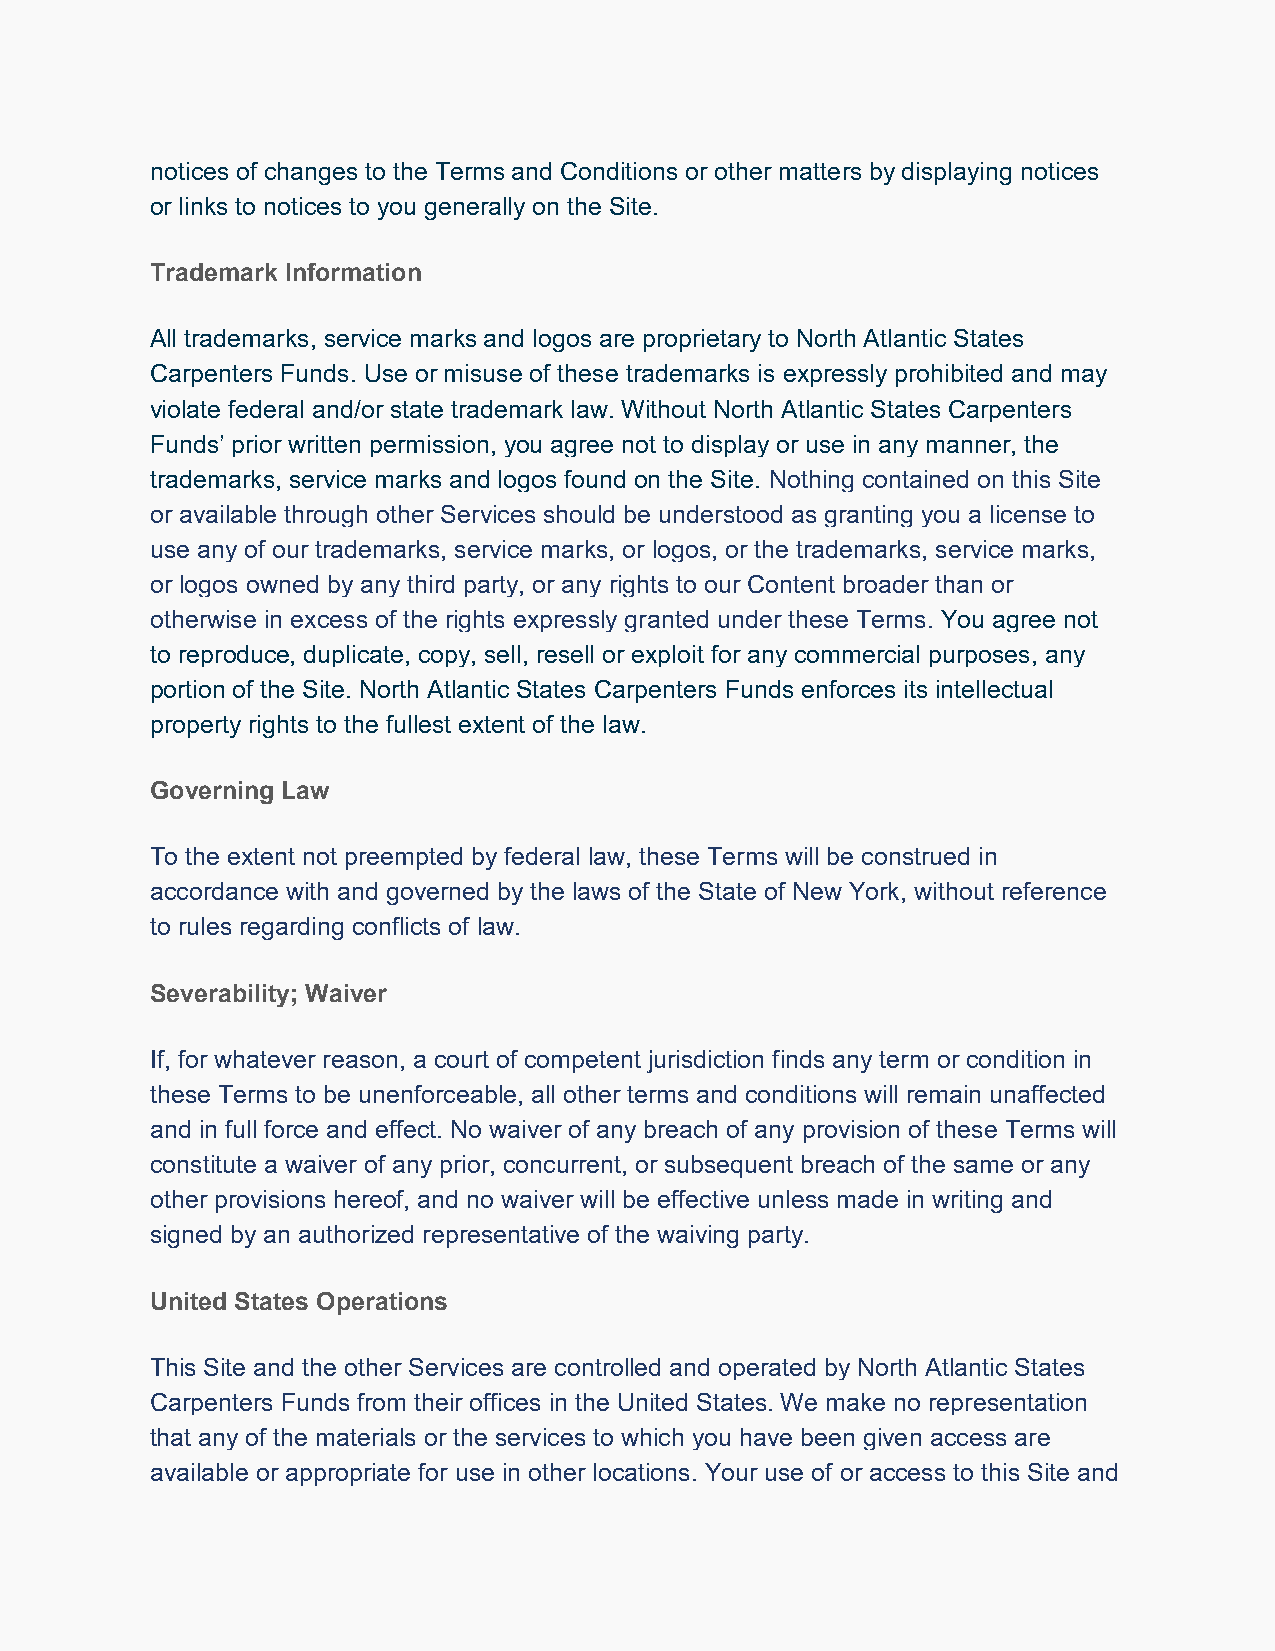
notices of changes to the Terms and Conditions or other matters by displaying notices
 or links to notices to you generally on the Site.
 Trademark Information
 All trademarks, service marks and logos are proprietary to North Atlantic States
 Carpenters Funds. Use or misuse of these trademarks is expressly prohibited and may
 violate federal and/or state trademark law. Without North Atlantic States Carpenters
 Funds’ prior written permission, you agree not to display or use in any manner, the
 trademarks, service marks and logos found on the Site. Nothing contained on this Site
 or available through other Services should be understood as granting you a license to
 use any of our trademarks, service marks, or logos, or the trademarks, service marks,
 or logos owned by any third party, or any rights to our Content broader than or
 otherwise in excess of the rights expressly granted under these Terms. You agree not
 to reproduce, duplicate, copy, sell, resell or exploit for any commercial purposes, any
 portion of the Site. North Atlantic States Carpenters Funds enforces its intellectual
 property rights to the fullest extent of the law.
 Governing Law
 To the extent not preempted by federal law, these Terms will be construed in
 accordance with and governed by the laws of the State of New York, without reference
 to rules regarding conflicts of law.
 Severability; Waiver
 If, for whatever reason, a court of competent jurisdiction finds any term or condition in
 these Terms to be unenforceable, all other terms and conditions will remain unaffected
 and in full force and effect. No waiver of any breach of any provision of these Terms will
 constitute a waiver of any prior, concurrent, or subsequent breach of the same or any
 other provisions hereof, and no waiver will be effective unless made in writing and
 signed by an authorized representative of the waiving party.
 United States Operations
 This Site and the other Services are controlled and operated by North Atlantic States
 Carpenters Funds from their offices in the United States. We make no representation
 that any of the materials or the services to which you have been given access are
 available or appropriate for use in other locations. Your use of or access to this Site and